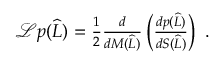
\begin{array} { r } { \mathcal { L } p ( \widehat { L } ) = \frac { 1 } { 2 } \frac { d } { d M ( \widehat { L } ) } \left( \frac { d p ( \widehat { L } ) } { d S ( \widehat { L } ) } \right) \ . } \end{array}